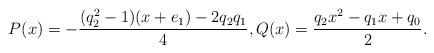
LaTeX: \begin{gather*}P(x)=-\frac{(q_2^2-1)(x+e_1)-2q_2q_1}{4},Q(x)=\frac{q_2x^2-q_1x+q_0}{2}.\end{gather*}